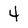
Character: 4